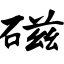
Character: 磁